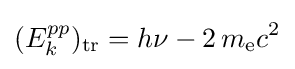
(E_{k}^{pp})_{\text{tr}}=h\nu -2\,m_{\text{e}}c^{2}